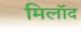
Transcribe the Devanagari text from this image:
मिलॉद